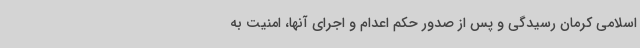
اسلامی کرمان رسیدگی و پس از صدور حکم اعدام و اجرای آنها، امنیت به